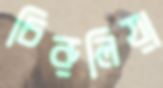
চিরুলিয়া